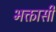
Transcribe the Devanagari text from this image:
भक्तासी